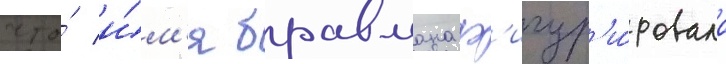
что́ и́м'я бравмана ф'игур'и́ровало